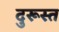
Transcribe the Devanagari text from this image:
दुरूस्‍त